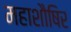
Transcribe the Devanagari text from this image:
महाशौषिर